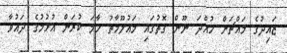
ޒައިދުގެ މައްޗަށް ހުއްދަ ނޫން ގޮތުގައި މައުލޫމާތު ހާމަ ކުރަން އުޅުމުގެ ދައުވާ